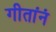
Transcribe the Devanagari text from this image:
गीतांनं